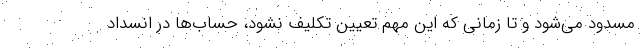
مسدود می‌شود و تا زمانی که این مهم تعیین تکلیف نشود، حساب‌ها در انسداد